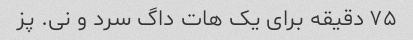
۷۵ دقیقه برای یک هات داگ سرد و نی. پز